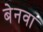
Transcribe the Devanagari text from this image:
बेनवा